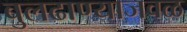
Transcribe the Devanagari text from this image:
बुलढाण्याजवळ